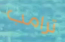
ترامب